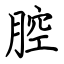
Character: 腔